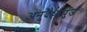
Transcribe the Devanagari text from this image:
अनुदैर्ध्यपुंज